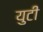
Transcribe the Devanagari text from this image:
युटी